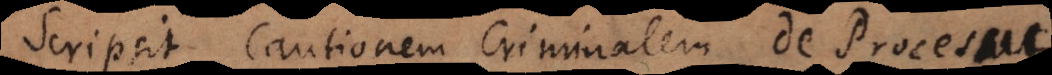
Scripsit CautionemCriminalem de Processu